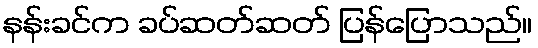
နန်းခင်က ခပ်ဆတ်ဆတ် ပြန်ပြောသည်။